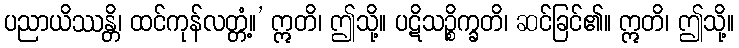
ပညာယိဿန္တိ၊ ထင်ကုန်လတ္တံ့။’ ဣတိ၊ ဤသို့။ ပဋိသဉ္စိက္ခတိ၊ ဆင်ခြင်၏။ ဣတိ၊ ဤသို့။